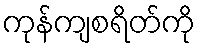
ကုန်ကျစရိတ်ကို